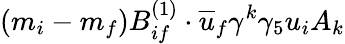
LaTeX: (m_{i}-m_{f})B_{if}^{(1)}\cdot\overline{{{u}}}_{f}\gamma^{k}\gamma_{5}u_{i}A_{k}